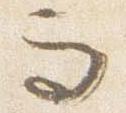
而